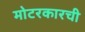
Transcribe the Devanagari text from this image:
मोटरकारची